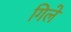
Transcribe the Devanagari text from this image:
गिले